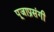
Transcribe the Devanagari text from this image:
पूजाप्रसंगी